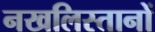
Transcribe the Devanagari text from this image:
नखलिस्तानों